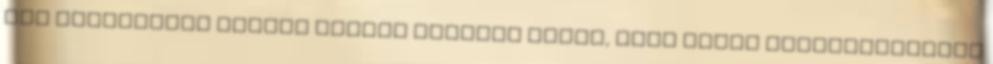
nem szeretnénk semmit máshol viszont látni, mert annak következményei